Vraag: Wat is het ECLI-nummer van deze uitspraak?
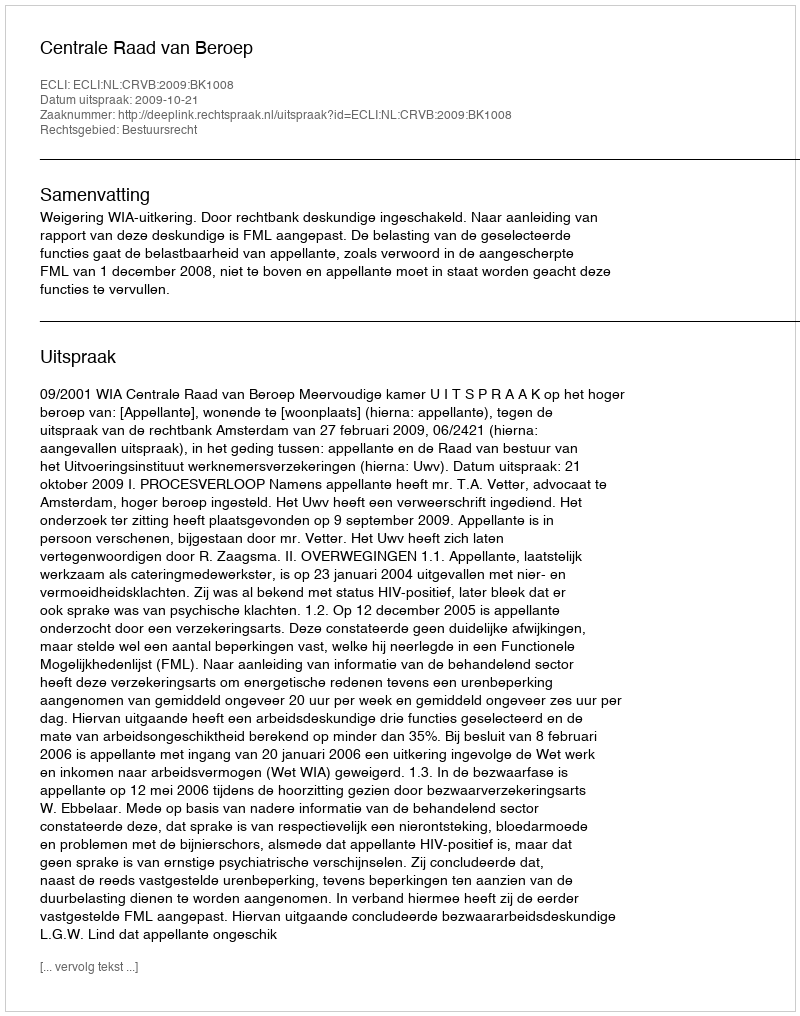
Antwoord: ECLI:NL:CRVB:2009:BK1008